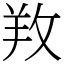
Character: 䍩